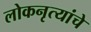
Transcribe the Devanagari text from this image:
लोकनृत्यांचे